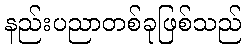
နည်းပညာတစ်ခုဖြစ်သည်